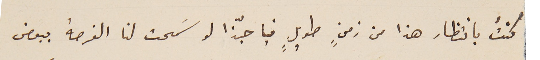
كنتُ بانتظار هذا من زمنٍ طويلٍ فيا حبّذا لو سَمحت لنا الفرصة ببعض